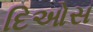
દિઓસ